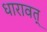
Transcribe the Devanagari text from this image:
धारावत्‌